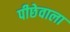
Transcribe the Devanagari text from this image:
पीछेवाला